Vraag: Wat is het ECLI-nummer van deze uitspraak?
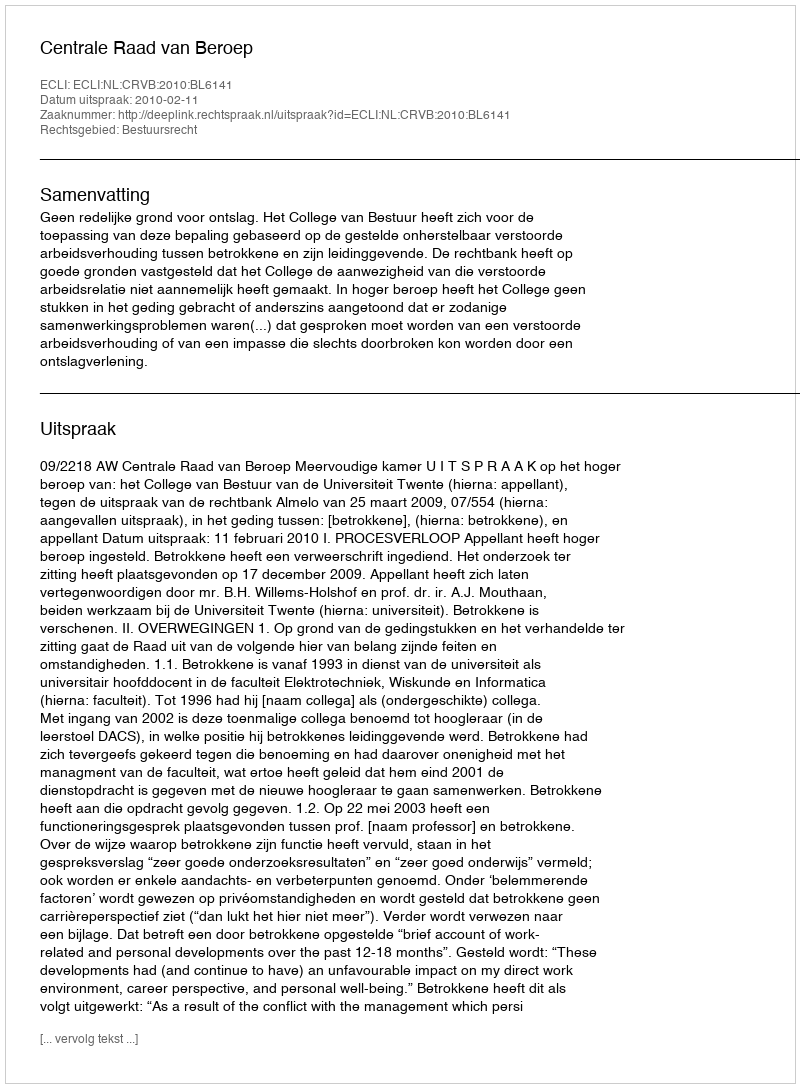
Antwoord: ECLI:NL:CRVB:2010:BL6141